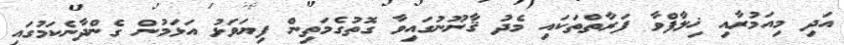
އަދި މިއަމުރާއި ޚިލާފްވާ ފަރާތްތަކައި މެދު ޤާނޫނުގައިވާ ގޮތުގެމަތިން ފިޔަވަޅު އަޅަމުން ގެންދާނެކަމުގައި